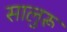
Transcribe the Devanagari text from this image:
सालुरू